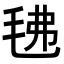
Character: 𭯗